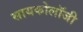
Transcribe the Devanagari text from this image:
सायकोलॉजी